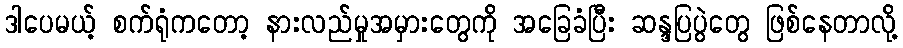
ဒါပေမယ့် စက်ရုံကတော့ နားလည်မှုအမှားတွေကို အခြေခံပြီး ဆန္ဒပြပွဲတွေ ဖြစ်နေတာလို့